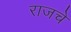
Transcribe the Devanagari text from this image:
राजचे